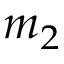
m _ { 2 }